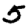
Digit: 5